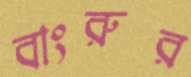
বাংরুর